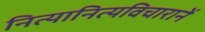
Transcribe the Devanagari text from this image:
नित्यानित्यविचारानें